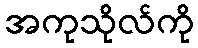
အကုသိုလ်ကို